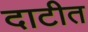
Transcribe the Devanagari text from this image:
दाटीत